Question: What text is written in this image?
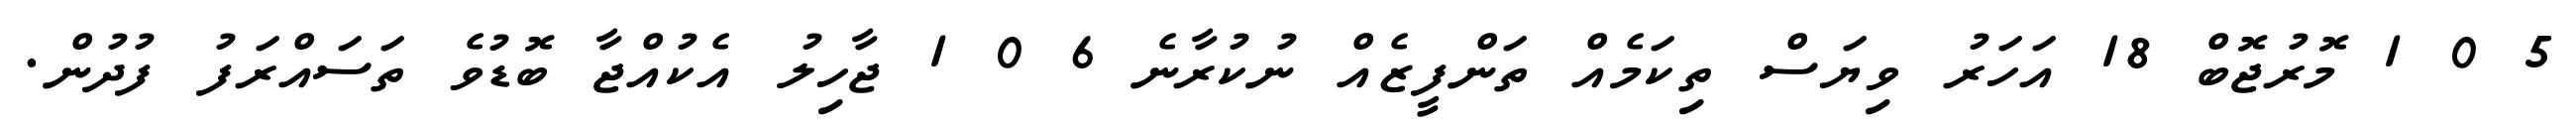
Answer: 5 0 1 މޮރުޖޮބް 18 އަހަރު ވިޔަސް ތިކަމެއް ތަންފީޒެއް ނުކުރާނެ 6 0 1 ޖާހިލު އެކުއްޖާ ބޮޑުވެ ތަސައްރަފު ފުދުން.